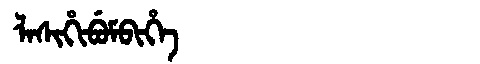
Manchu: ᠯᠠᠰᡳᡥᡳᠪᡠᠮᠪᡳᡥᡝ
Romanization: LASIHIBUMBIHE